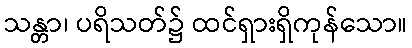
သန္တာ၊ ပရိသတ်၌ ထင်ရှားရှိကုန်သော။